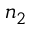
n _ { 2 }